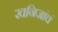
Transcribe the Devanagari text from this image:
खनिजांचं